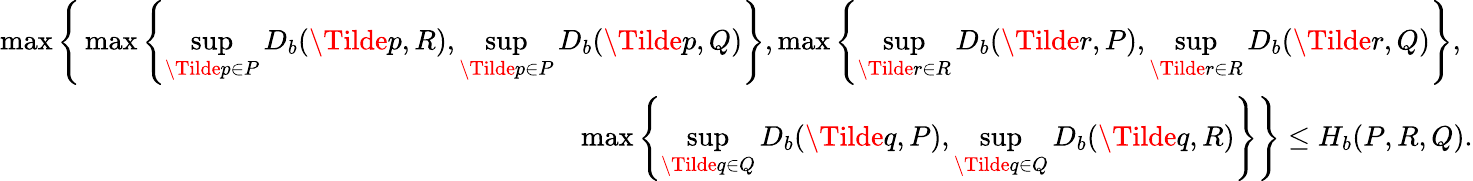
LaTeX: \begin{array}{r}{\operatorname*{max}\Bigg\{ \operatorname*{max}\left\{ \underset{\Tilde{p}\in P}{\operatorname*{sup}}D_{b}(\Tilde{p},R),\underset{\Tilde{p}\in P}{\operatorname*{sup}}D_{b}(\Tilde{p},Q)\right\} ,\operatorname*{max}\left\{ \underset{\Tilde{r}\in R}{\operatorname*{sup}}D_{b}(\Tilde{r},P),\underset{\Tilde{r}\in R}{\operatorname*{sup}}D_{b}(\Tilde{r},Q)\right\} ,\ }\\ {\operatorname*{max}\left\{ \underset{\Tilde{q}\in Q}{\operatorname*{sup}}D_{b}(\Tilde{q},P),\underset{\Tilde{q}\in Q}{\operatorname*{sup}}D_{b}(\Tilde{q},R)\right\} \Bigg\} \leq H_{b}(P,R,Q).}\end{array}